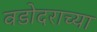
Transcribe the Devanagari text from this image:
वडोदराच्या